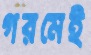
গরমেই